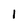
Character: 1